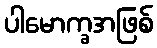
ပါမောက္ခအဖြစ်